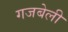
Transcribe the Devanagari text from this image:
गजबेली